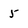
Character: 5